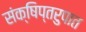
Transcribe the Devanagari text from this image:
संक्षिप्तरुपात